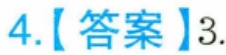
4.【答案】3.